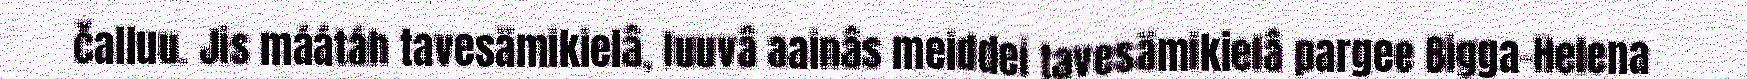
čalluu. Jis máátáh tavesämikielâ, luuvâ aainâs meiddei tavesämikielâ pargee Bigga-Helena